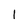
Character: 1